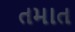
તમાત